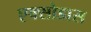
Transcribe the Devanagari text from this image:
एक्सोडास